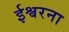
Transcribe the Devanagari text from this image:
ईश्वरना